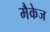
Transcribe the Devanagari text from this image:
मैकेज